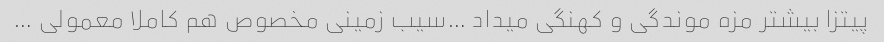
پیتزا بیشتر مزه موندگی و کهنگی میداد …سیب زمینی مخصوص هم کاملا معمولی …